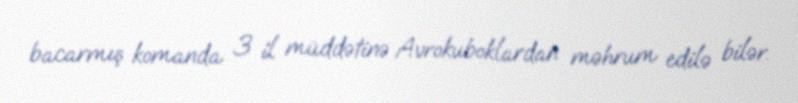
bacarmış komanda 3 il müddətinə Avrokuboklardan məhrum edilə bilər.